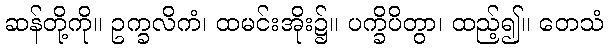
ဆန်တို့ကို။ ဥက္ခလိကံ၊ ထမင်းအိုး၌။ ပက္ခိပိတွာ၊ ထည့်၍။ တေသံ